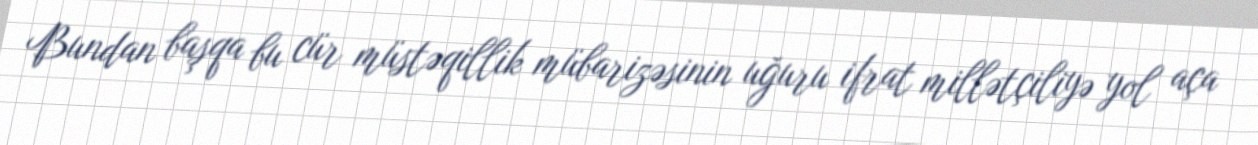
Bundan başqa bu cür müstəqillik mübarizəsinin uğuru ifrat millətçiliyə yol aça